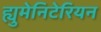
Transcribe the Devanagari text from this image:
ह्युमेनिटेरियन